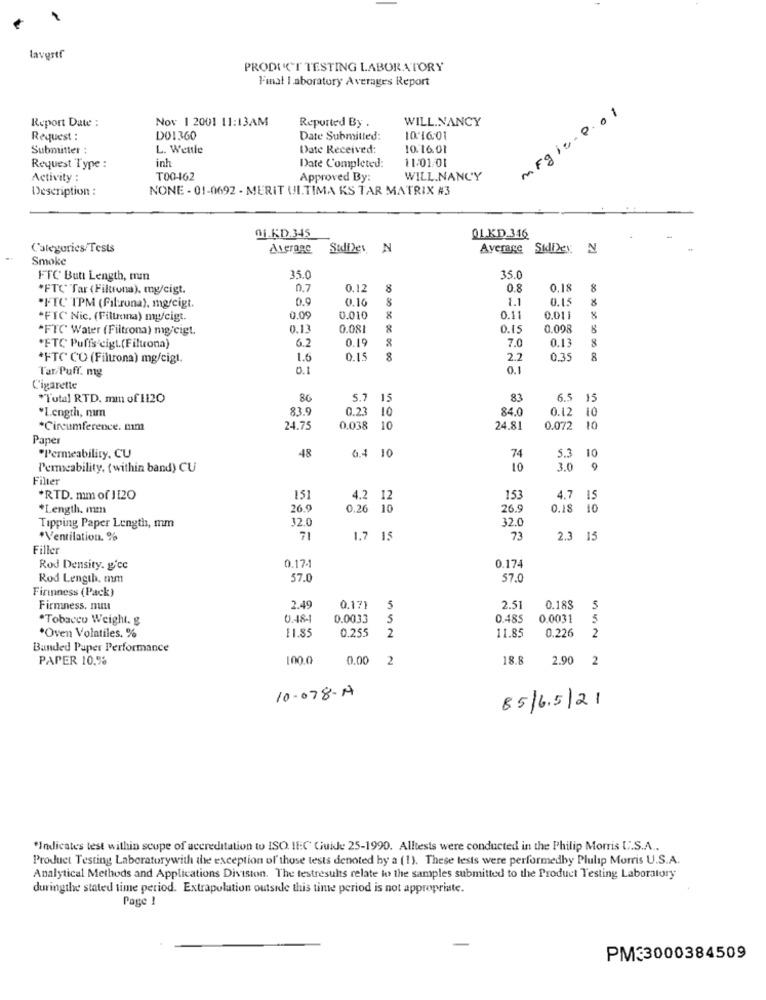
lavgrtf
PRODUCT TESTING LABORATORY
Final I aboratory Averages Report
MFg10. 0.01
Report Date :
Nov 1 2001 11:13AM
WILL.NANCY
Reported By .
Request :
DO1360
Date Submitted:
10.16.01
Submitter :
L. Wentle
Date Received:
10.16.01
inh
11/01/01
Request Type :
Date Completed:
Activity :
T00-462
Approved By:
WILL.NANCY
Description :
NONE - 01-0692 - MERIT UI.TIMA KS TAR MATRIX #3
91.KD.345
QLKD.346
Categories/Tests
Average Sidies N
Average Sidiley N
Smoke
FTC Butt Length, mm
35.0
35.0
"FTC Tar (Filtrona), my/cigt.
0.7
0.12
8
0.8
0.18
0.9
0.16
8
1.1
0.15
"FTC TPM (filtrona), mg/cigt.
"FIC Nic. (Filtrona) my/cigt.
0.09
0.010
8
0.11
0.011
"FTC Water (Filtrona) mg/cigt.
0.13
0.08
8
0.15
0.098
8
6.2
0.19
7.0
0.13
8
*FTC Puffs cigt.(Filtrona)
*FTC CO (Filtrona) mg/cig1.
1.6
0.15
8
2.2
0.35
8
00 :30 98 30 0 0
Tar/ Puff. mg
0.1
0.1
C'igarette
"Total RTD. mm of 1120
80
5.7 15
83
6.5 15
83.
0.23 10
84.0
0.12
10
"Length, num
*Circumference. mm
24.75
0.038 1
24.81
0.072 10
Paper
48
6.4 10
10
"Permeability, CU
74
5.3
Permeability, ( within band) CU
10
3.0
9
Filter
*RTD. mm of JI20
15)
4.2 12
153
4.7 15
*Length. mm
26.9
0.26 10
26.
0.18 10
32.0
32.0
Tipping Paper Lengths, mm
*Ventilation. %
71
1.7 15
73
2.3 15
Filler
0.17-1
0.17
Rod Density. gicc
Rod Length, mm
57.0
57.0
Firinness (Pack)
Firmness. nun
2.49
0.17}
5
2.51
0.183
5
*Tobacco Weight. g
0.0033
5
0.485
0.0031
5
11.85
0.255
2
11.85
*Oven Volatiles. %
0.226
2
Bunded Paper Performance
PAPER 10.%
1000
0.00
2
18.8
2.90 2
10-078-4
85/6.5/21
*Indicates test within scope of accreditation to ISO. IFC Guide 25-1990. Alltests were conducted in the Philip Morris U.S.A ..
Product Testing Laboratorywith the exception of those tests denoted by a (1). These tests were performedby Plulip Morris U.S.A.
Analytical Methods and Applications Division. The testresults relate to the samples submitted to the Product Testing Laboratory
duringthe stated time period. Extrapolation outside this time period is not appropriate.
Page !
PM33000384509